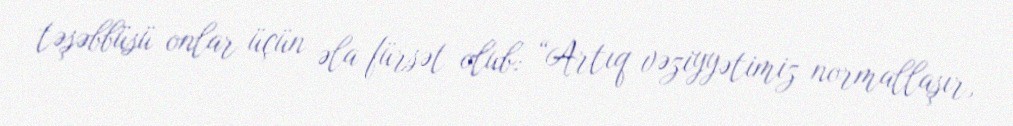
təşəbbüsü onlar üçün əla fürsət olub: “Artıq vəziyyətimiz normallaşır,